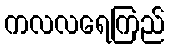
ကလလရေကြည်